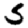
Digit: 5